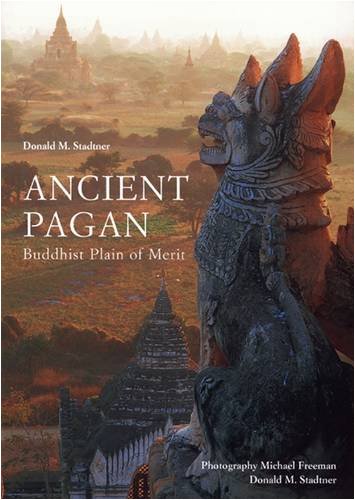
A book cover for Ancient Pagan; Donald Stadtner; Travel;